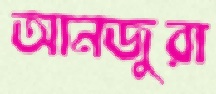
আনজুরা